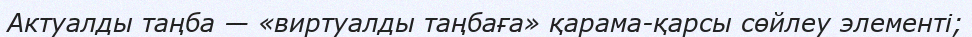
Актуалды таңба — «виртуалды таңбаға» қарама-қарсы сөйлеу элементі;